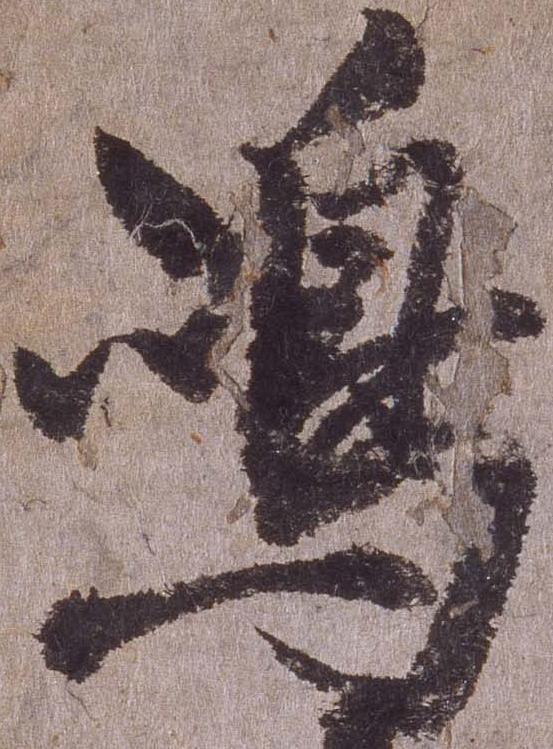
島